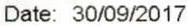
DATE: 30/09/2017